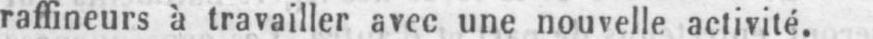
raffineurs à travailler avec une nouvelle activité.